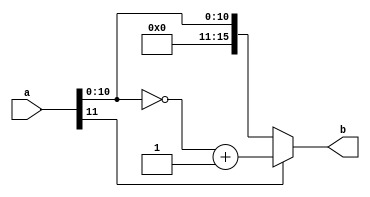
module sign(a,b);
	input [11:0]a;
	output reg[15:0]b;
	always @(a or b)begin
	if(a[11]==1)
	begin
		b = {5'b00000,a[10:0]};
		b = ~b;
		b = b +16'b0000_0000_0000_0001;
	end
	else
	b = {5'b00000,a[10:0]};
	end
endmodule